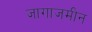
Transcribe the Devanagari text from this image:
जागाजमीन